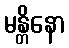
မန္တိနော